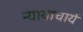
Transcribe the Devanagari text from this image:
न्यायाचार्य